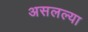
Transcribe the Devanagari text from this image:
असलल्या